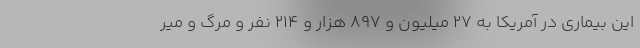
این بیماری در آمریکا به ۲۷ میلیون و ۸۹۷ هزار و ۲۱۴ نفر و مرگ و میر